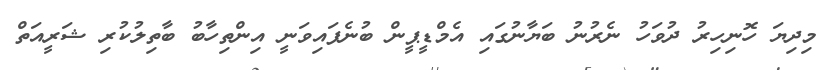
މިދިޔަ ހޮނިހިރު ދުވަހު ނެރުނު ބަޔާނުގައި އެމްޑީޕީން ބުނެފައިވަނީ އިންތިހާބު ބާތިލުކުރި ޝަރީއަތް